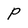
Character: P